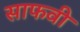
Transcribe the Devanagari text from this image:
साफवी